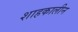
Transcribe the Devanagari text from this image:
शाहकालीन